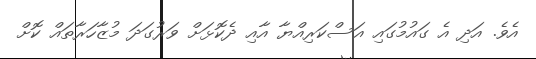
އެވެ. އަދި އެ ގައުމުގައި އަސްކަރިއްޔާ އާއި ދެކޮޅަށް ވަރުގަދަ މުޒާހަރާތައް ކޮށް